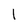
Character: 1